Leningradi_Edasi_toimetus, lk 80
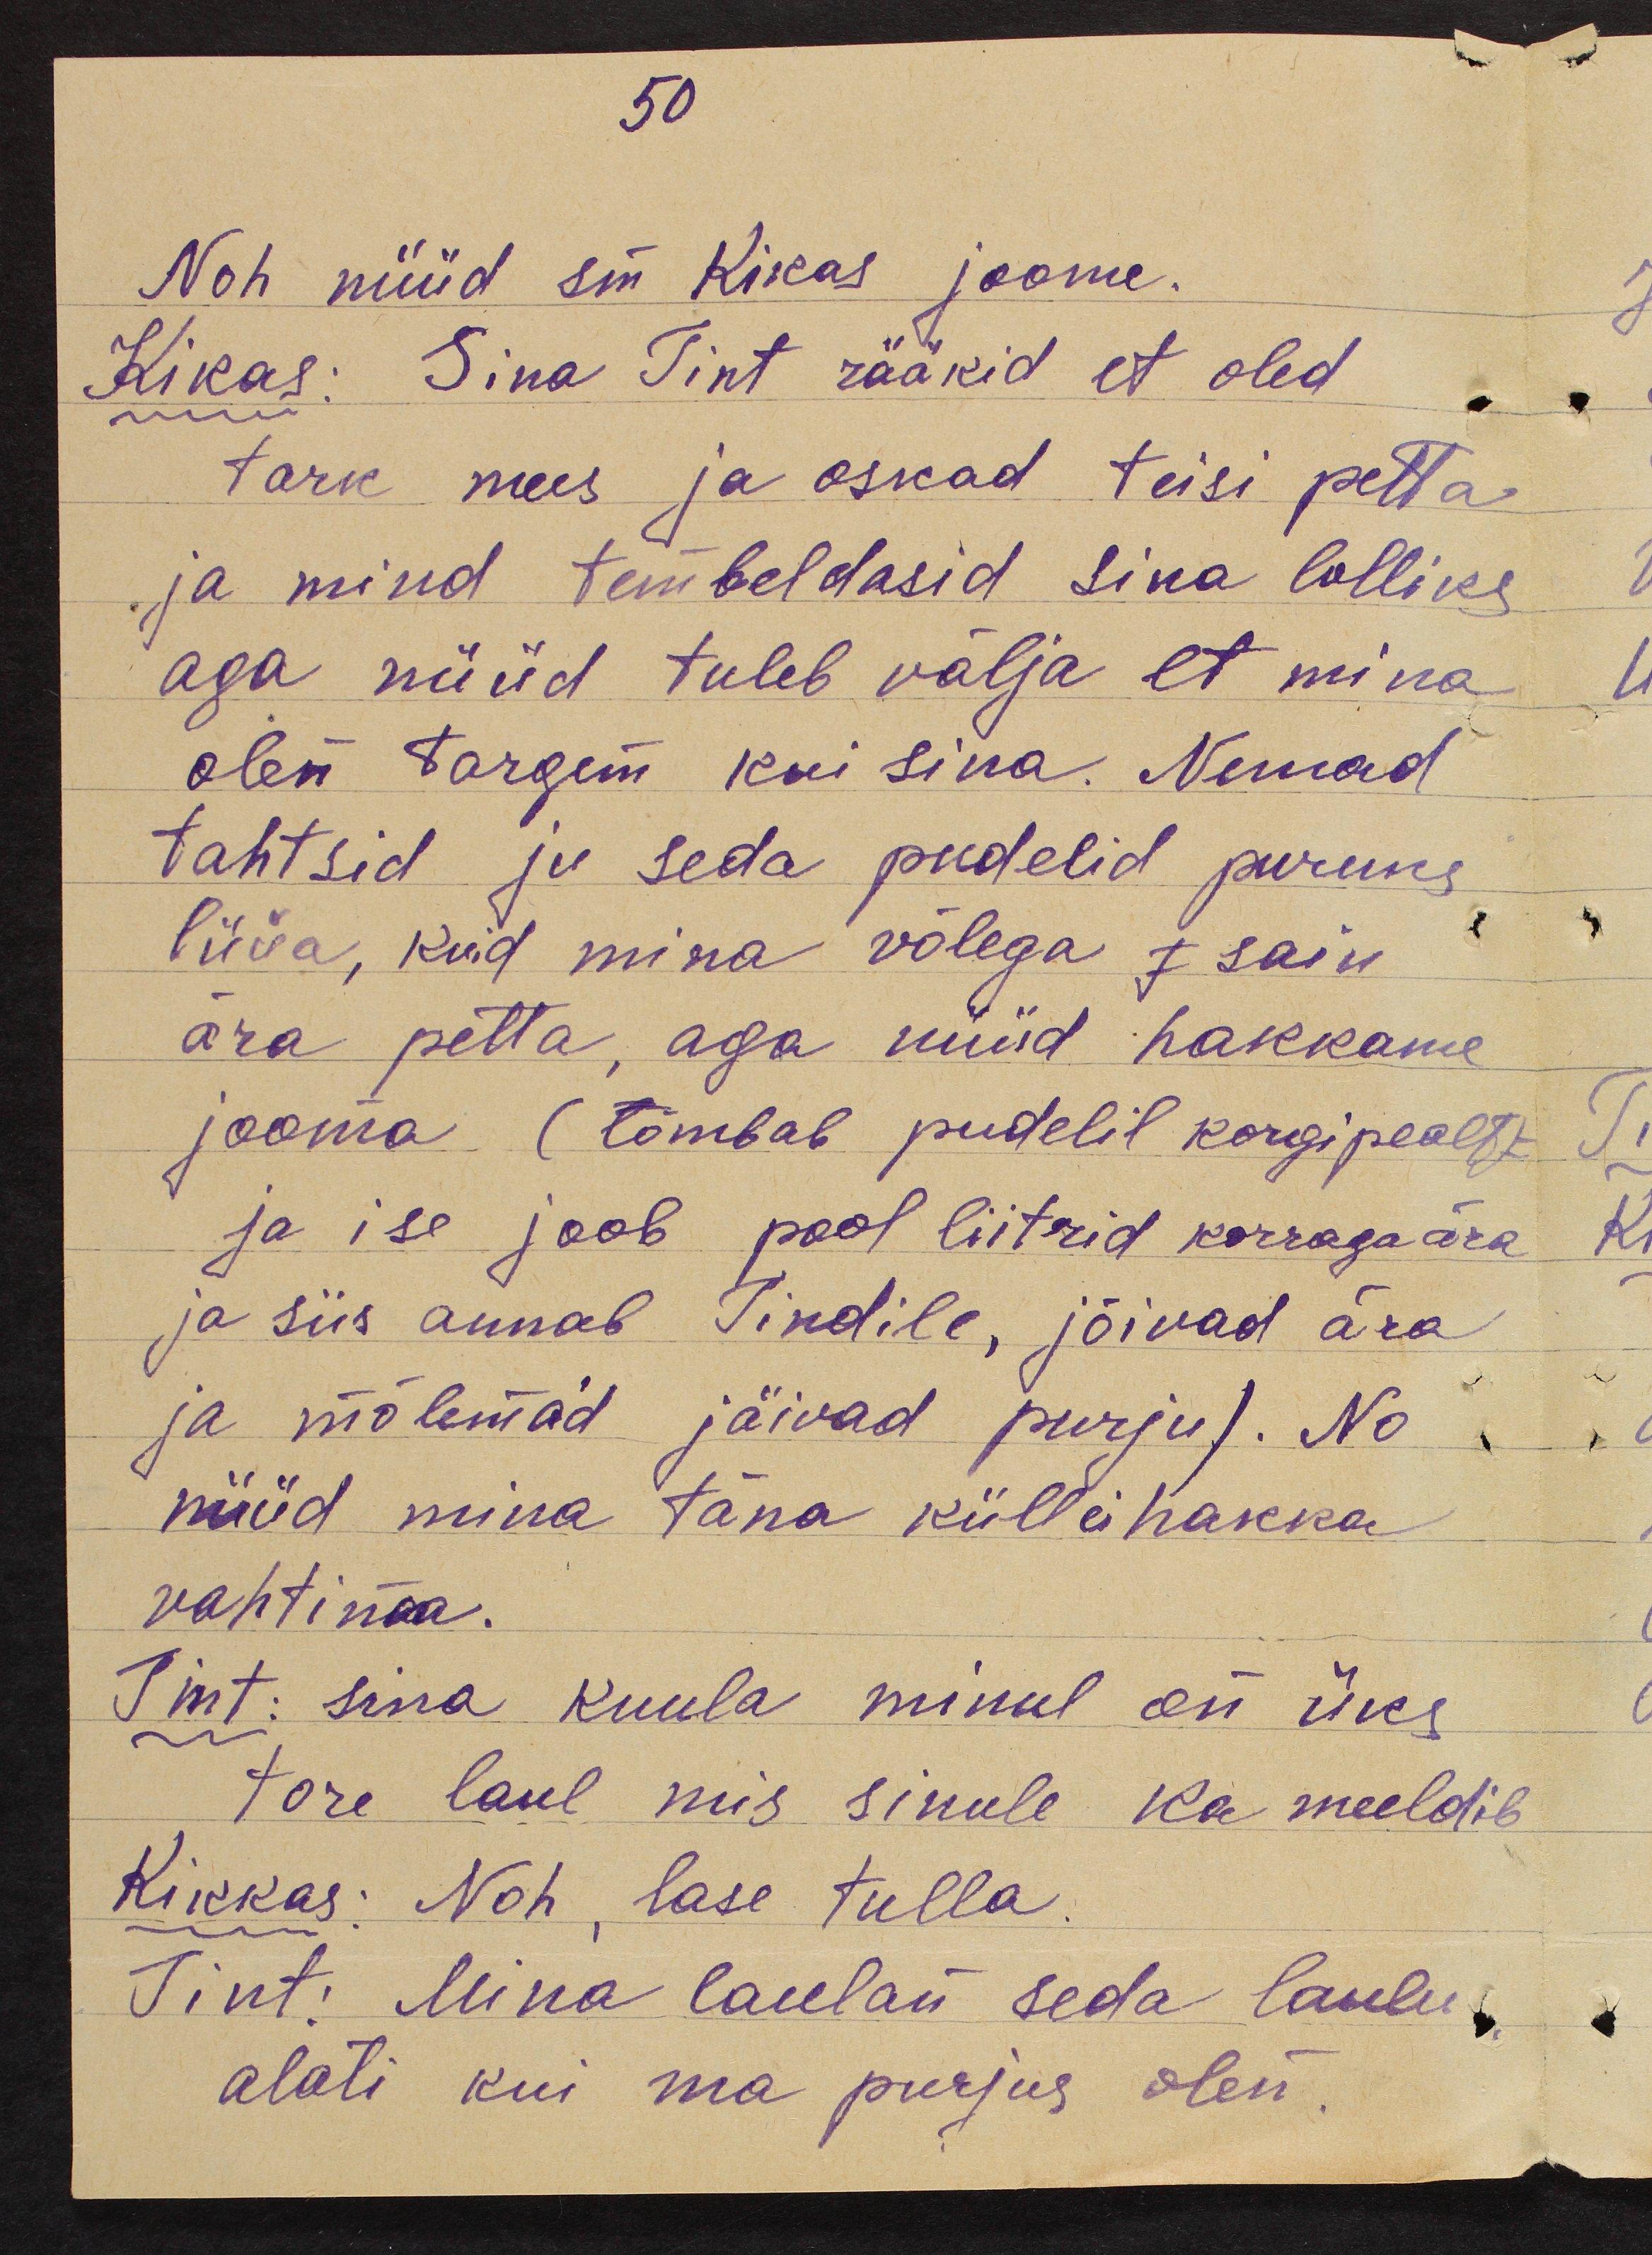
50

Noh nüüd sm Kikas joome.
Kikas: Sina Tint rääkid et oled
tark mees ja oskad teisi petta
ja mind tembeldasid sina lolliks
aga nüüd tuleb välja et mina
olen targem kui sina. Nemad
tahtsid ju seda pudelid puruks
lüüa, kuid mina võlega j sain
ära petta, aga nüüd hakkame
jooma (tõmbab pudelil korgipealt
ja ise joob pool liitrid korraga ära
ja siis annab Tindile, jõivad ära
ja mõlemad jäivad purju). No
nüüd mina täna küll ei hakka
vahtima.
Tint: sina kuula minul on üks
tore laul mis sinule ka meeldib
Kikkas: Noh, lase tulla.
Tint: Mina laulan seda laulu,
alati kui ma purjus olen.